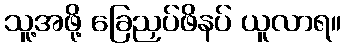
သူ့အဖို့ ခြေညှပ်ဖိနပ် ယူလာရ။